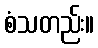
စံသတည်း။